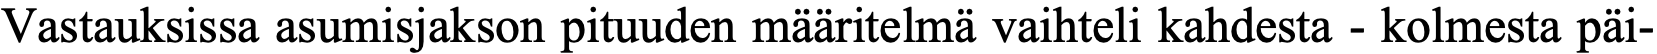
Vastauksissa asumisjakson pituuden määritelmä vaihteli kahdesta - kolmesta päi-